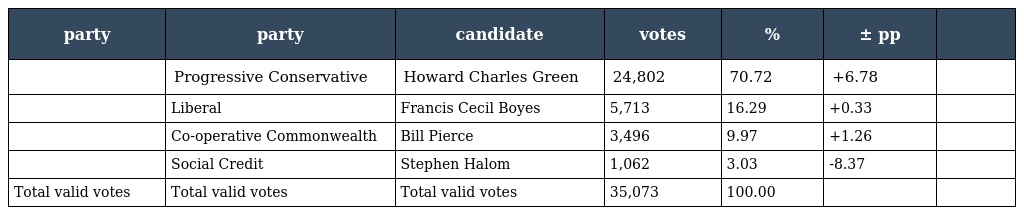
| party | party | candidate | votes | % | ± pp |  |
 | --- | --- | --- | --- | --- | --- | --- |
 |  | Progressive Conservative | Howard Charles Green | 24,802 | 70.72 | +6.78 |  |
 |  | Liberal | Francis Cecil Boyes | 5,713 | 16.29 | +0.33 |  |
 |  | Co-operative Commonwealth | Bill Pierce | 3,496 | 9.97 | +1.26 |  |
 |  | Social Credit | Stephen Halom | 1,062 | 3.03 | -8.37 |  |
 | Total valid votes | Total valid votes | Total valid votes | 35,073 | 100.00 |  |  |